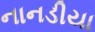
નાનડીયા